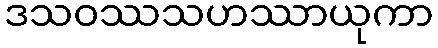
ဒသဝဿသဟဿာယုကာ